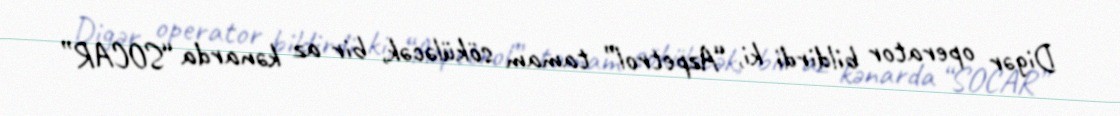
Digər operator bildirdi ki, “Azpetrol” tamam söküləcək, bir az kənarda “SOCAR”